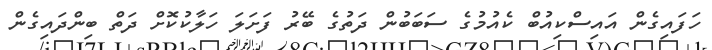
ހަފައިގެން އައިސްކިއުބް ކެއުމުގެ ސަބަބުން ދަތުގެ ބޭރު ފަށަލަ ހަލާކުކޮށް ދަތް ބިންދައިގެން